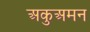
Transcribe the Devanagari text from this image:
अकुअमन